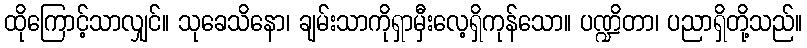
ထိုကြောင့်သာလျှင်။ သုခေသိနော၊ ချမ်းသာကိုရှာမှီးလေ့ရှိကုန်သော။ ပဏ္ဍိတာ၊ ပညာရှိတို့သည်။